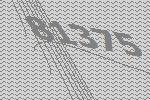
81375